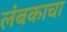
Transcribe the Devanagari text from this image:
लंबकाचा